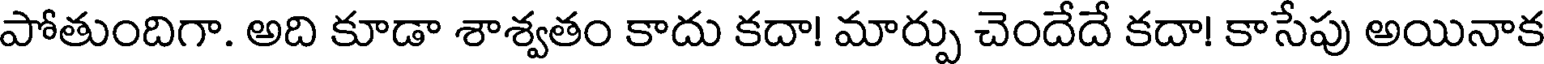
పోతుందిగా. అది కూడా శాశ్వతం కాదు కదా! మార్పు చెందేదే కదా! కాసేపు అయినాక